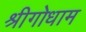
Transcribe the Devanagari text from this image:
श्रीगोधाम